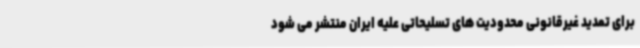
برای تمدید غیرقانونی محدودیت های تسلیحاتی علیه ایران منتشر می شود